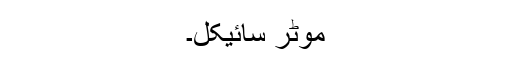
موٹر سائیکل۔